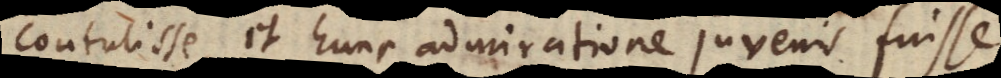
contulisse et hunc admiratione juvenis fuisse